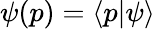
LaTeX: \psi(p)=\langle p|\psi\rangle